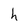
Character: h